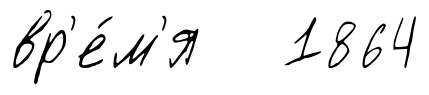
вр'е́м'я 1864